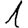
Digit: 1